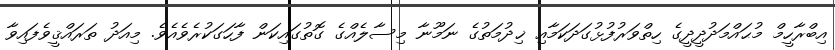
އިބްރާހީމް މުޙައްމަދުދީދީގެ ހިތްވަރުފުޅުގަދަކަމާއި ޚިދުމަތުގެ ނަމޫނާ މިސާލެއްގެ ގޮތުގައިކަން ފާހަގަކުރެވެއެވެ. މިއަދު ތަރައްޤީވެފައިވާ